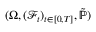
( \Omega , ( { \mathcal { F } } _ { t } ) _ { t \in [ 0 , T ] } , { \tilde { \mathbb { P } } } )